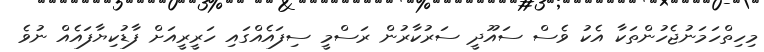
މިހިތްހަމަނުޖެހުންތަކާ އެކު ވެސް ސައޫދީ ސަރުކާރުން ރަސްމީ ސިފައެއްގައި ހަރީރީއަށް ފާޑުކިޔާފައެއް ނުވެ